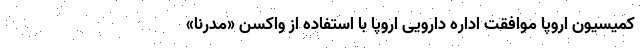
کمیسیون اروپا موافقت اداره دارویی اروپا با استفاده از واکسن «مدرنا»